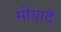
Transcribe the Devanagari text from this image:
मीयादें